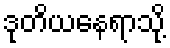
ဒုတိယနေရာသို့